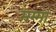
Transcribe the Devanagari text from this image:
मम्मा